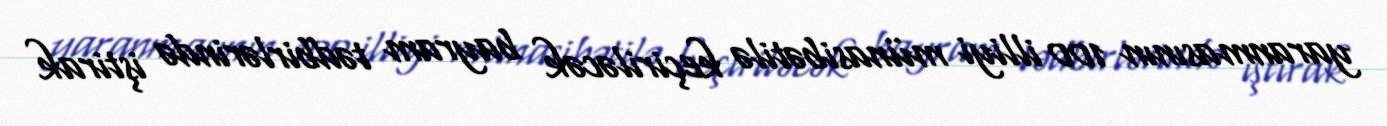
yaranmasının 100 illiyi münasibətilə keçiriləcək bayram tədbirlərində iştirak